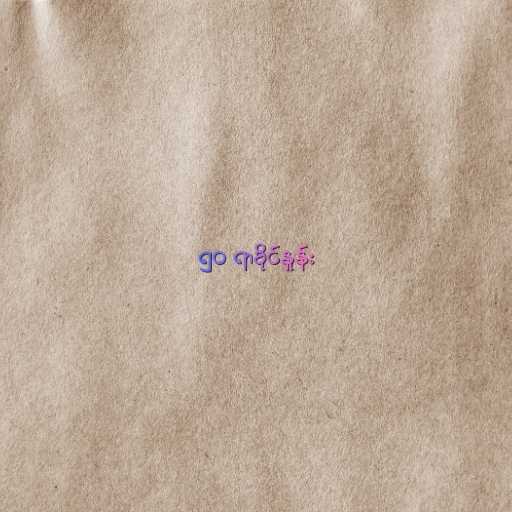
၅၀ ရာခိုင်နှုန်း